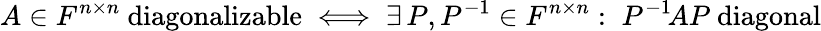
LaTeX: A\in F^{n\times n}{\mathrm{~diagonalizable}}\iff\exists\, P,P^{-1}\in F^{n\times n}:\; P^{-1}\! AP{\mathrm{~diagonal}}